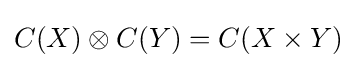
C(X)\otimes C(Y)=C(X\times Y)